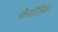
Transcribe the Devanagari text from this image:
फेनॉलिक